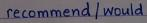
recommend / would